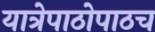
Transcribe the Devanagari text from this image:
यात्रेपाठोपाठच